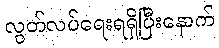
လွတ်လပ်ရေးရရှိပြီးနောက်